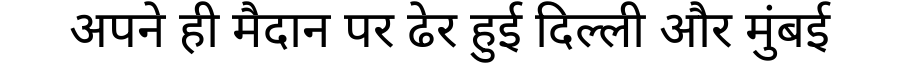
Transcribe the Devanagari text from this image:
अपने ही मैदान पर ढेर हुई दिल्ली और मुंबई